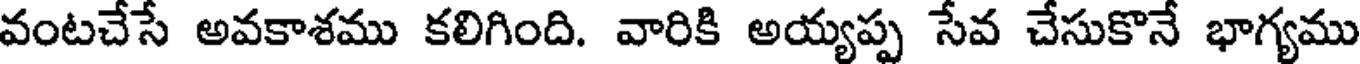
వంటచేసే అవకాశము కలిగింది. వారికి అయ్యప్ప సేవ చేసుకొనే భాగ్యము